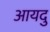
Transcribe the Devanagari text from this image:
आयदु